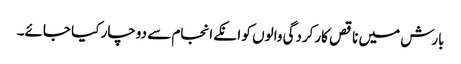
بارش میں ناقص کارکردگی والوں کو انکے انجام سے دوچار کیا جائے۔